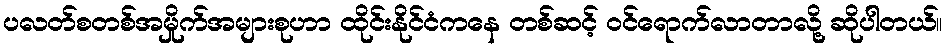
ပလတ်စတစ်အမှိုက်အများစုဟာ ထိုင်းနိုင်ငံကနေ တစ်ဆင့် ဝင်ရောက်လာတာလို့ ဆိုပါတယ်။